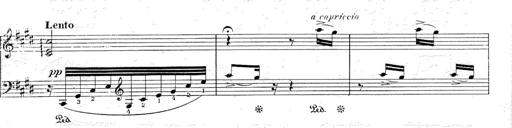
Title: Le rossignol
Composer: Franz Liszt